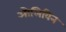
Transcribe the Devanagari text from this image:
ओलिविन